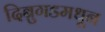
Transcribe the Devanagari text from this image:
दिब्रुगडमधून